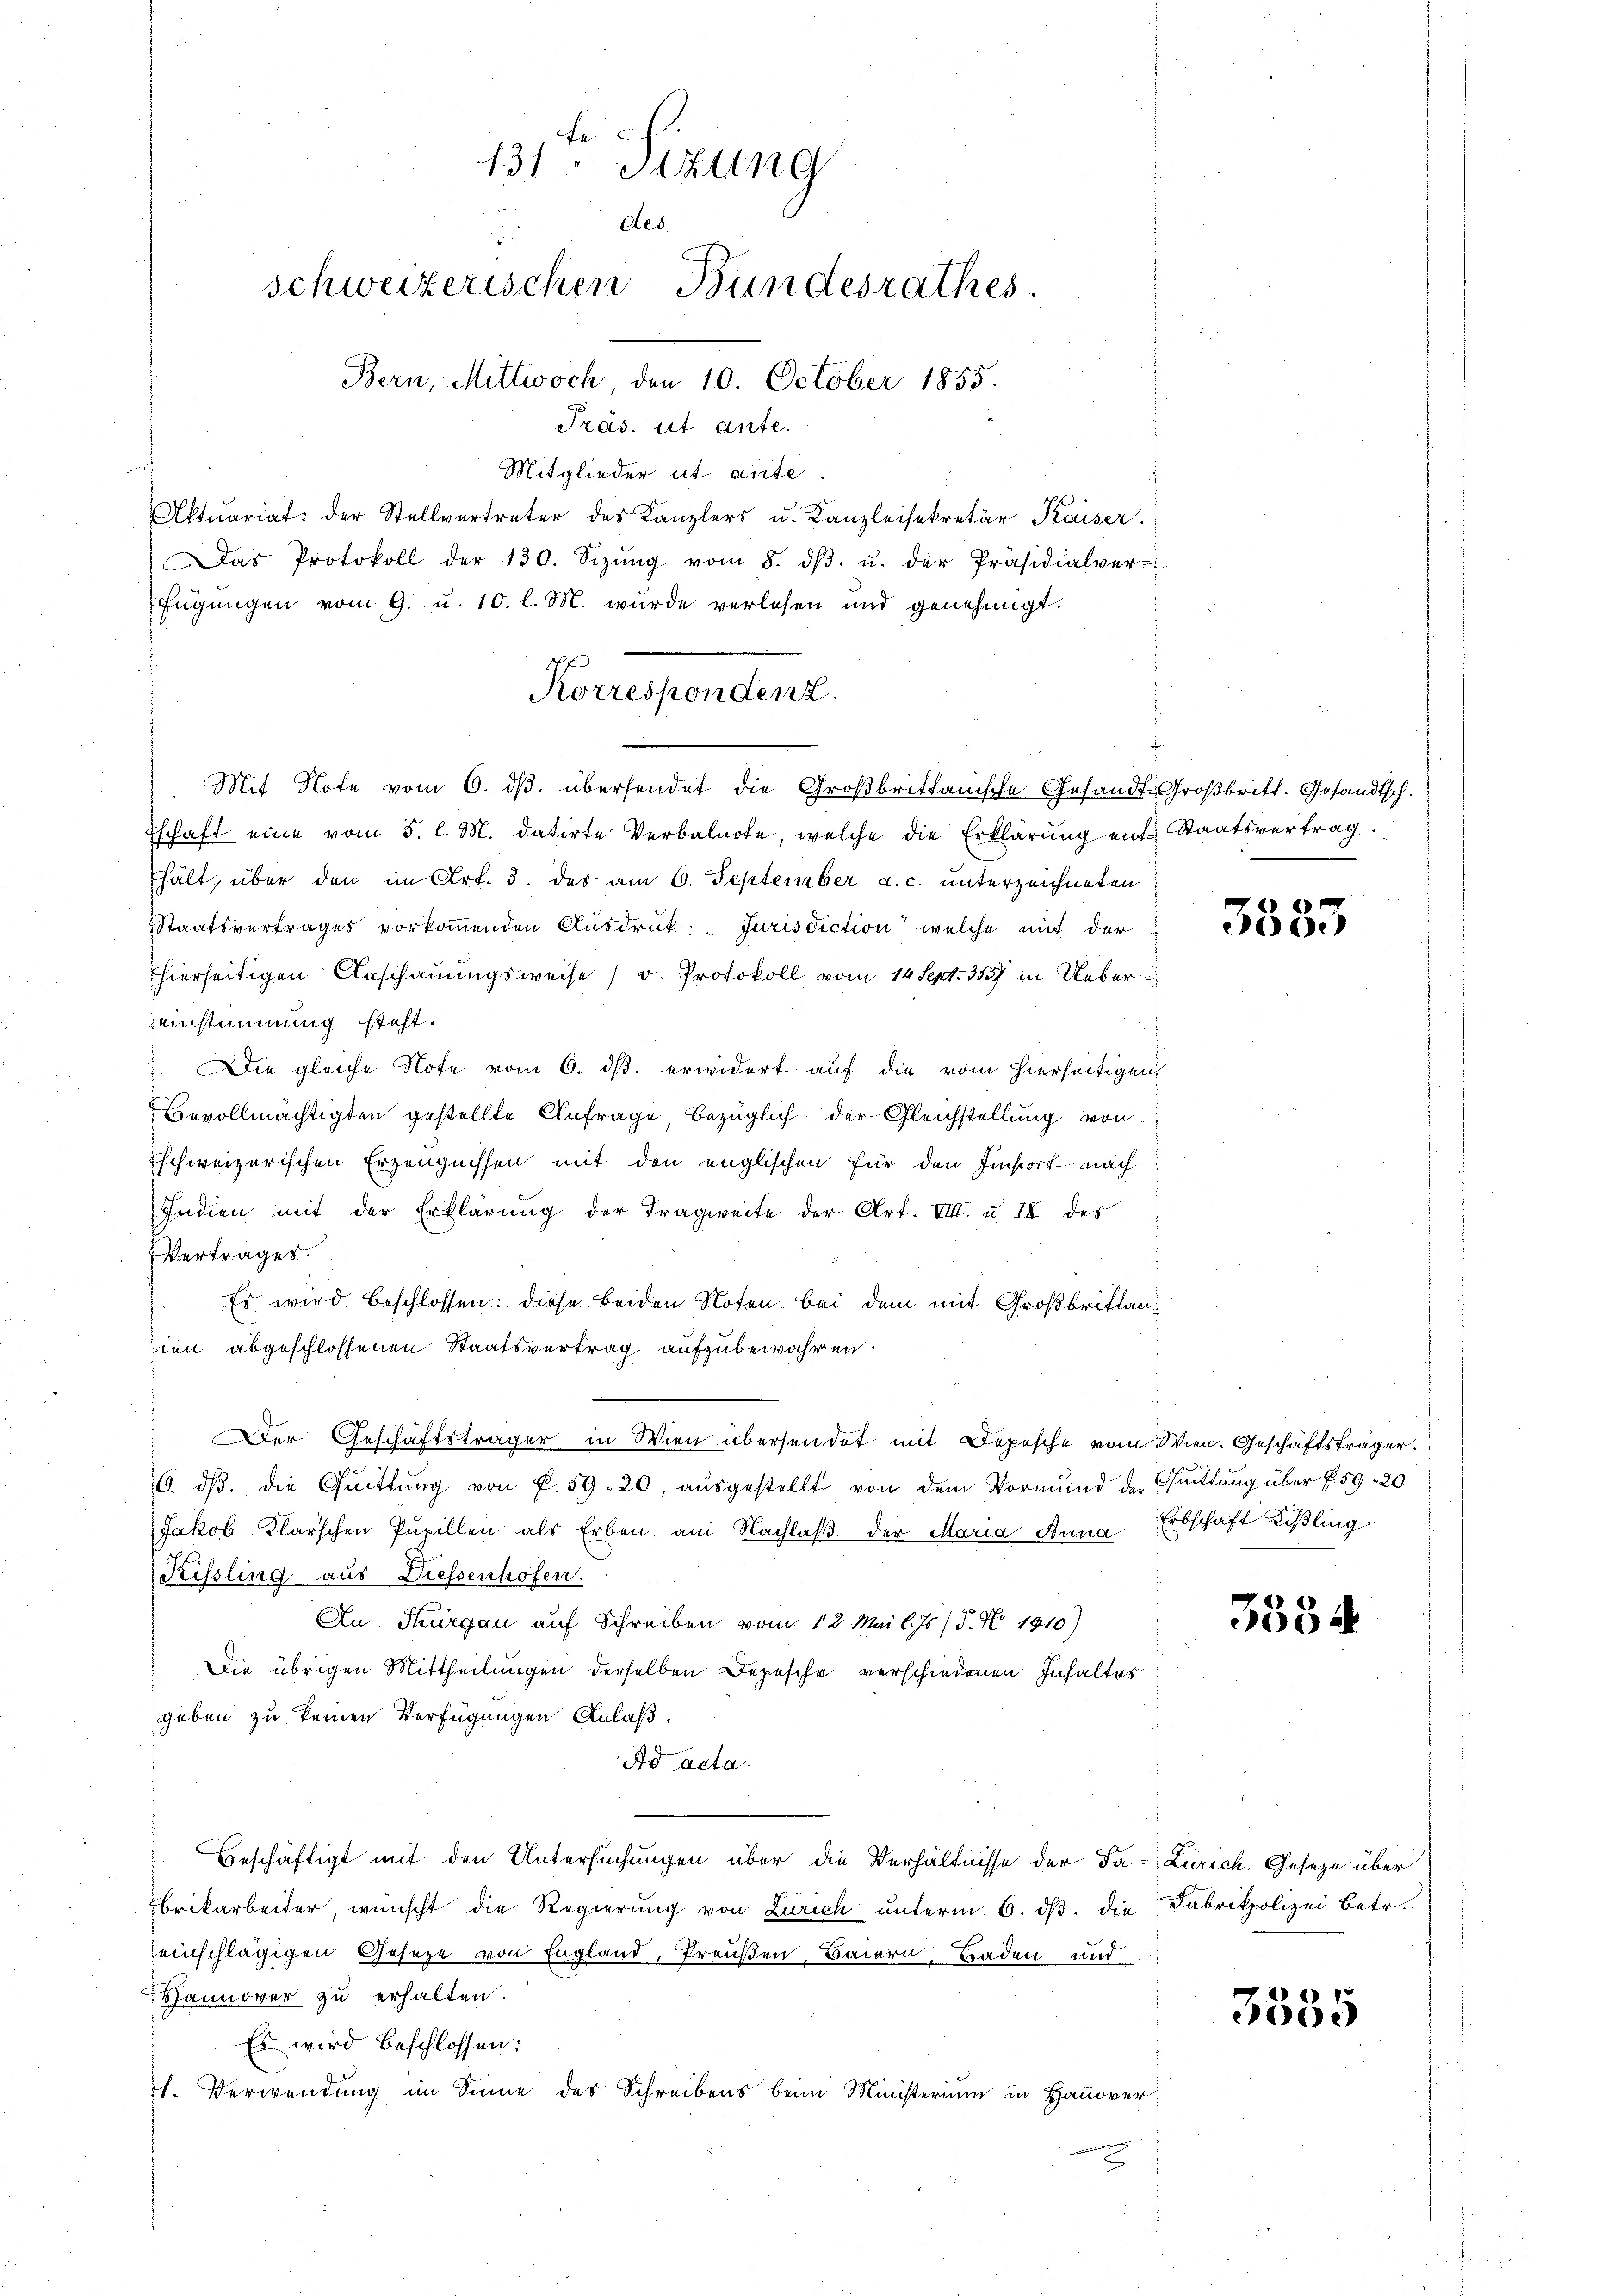
131ten Sitzung
des
schweizerischen Bundesrathes.
Bern, Mittwoch 10. October 1855.

Präs. ist ante.
Mitglieder ut aute
Aktuariat der Stellvertreter des Kanzlers u. Kanzleisekretär Kaiser.
Das Protokoll der 130. Sizŭng vom 8. dβ. u. der Präsidialver-
fügŭngen vom 9. u. 10. l. M. wurde verlesen und genehmigt.
schaft eine vom 5. l. M. datirte Verbalnote, welche die Erklärung ents Staatsvertrag.
hält, über den im Art. 3. des am 6. September a. c. unterzeichneten
Staatsvertrages vorkommenden Ausdruck: Jurisdiction welche mit der
hierseitigen Anschauungsweise (v. Protokoll vom 14. Sept. 355 in Uebereinstimmung steht.
Die gleiche Note vom 6. ds. erwidert auf die vom hierseitigen
Bevollmächtigten gestellte Anfrage bezüglich der Gleichstellung von
schweizerischen Erzeugnissen mit den englischen für den Insort nach
Indien mit der Erklärŭng der Tragweite der Art. VIII. u. II des
Vertrages.
Es wird beschlossen: diese beiden Noten bei dem mit Großbrittanien abgeschlossenen Staatsvertrag aufzubewahren.
 der Geschäftsträger in Wien übersendet mit Depesche vom Wien. Geschäftsträger.
6. dβ. die Quittung von P. 59. 20, ausgestellt von dem Vormund der Quittung über § 59 20
Jakob Klarschen Pupillen als Erben am Nachlaß der Maria Anna, Erbschaft Rißling
Kissling aus Diessenhofen.
An Thurgau auf Schreiben vom 12. Mai l. Js. (T. No. 1910)
die übrigen Mittheilungen derselben Depesche verschiedenen Inhaltes
geben zu keinen Verfügungen Anlaß.
Ad acta.
Beschäftigt mit den Untersuchungen über die Verhältnisse der Fa-Zürich. Geseze über
brikarbeiter, wünscht die Regierŭng von Zürich unterm 6. dβ. die Fabrikpolizei betr.
einschlägigen Geseze von England, Preußen, Baiern Baden und
Hannover zu erhalten.
Es wird beschlossen:
s. Verwendung im Sinne des Schreibens beim Ministerium in Hausver
e

Korrespondent.
Mit Note vom 6. dβ. übersendet die Großbrittanische Gesandt-Großbritt. Gesandtsch-

3533

3354

3555